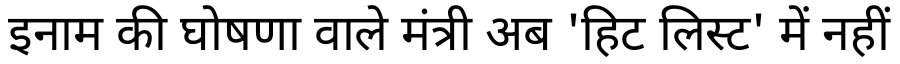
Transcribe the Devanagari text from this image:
इनाम की घोषणा वाले मंत्री अब 'हिट लिस्ट' में नहीं